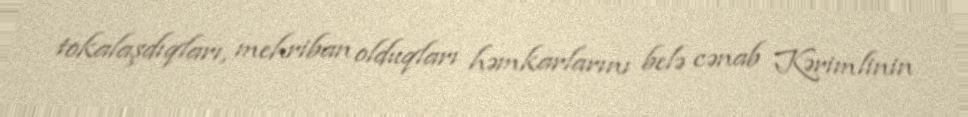
tokalaşdıqları, mehriban olduqları həmkarlarını belə cənab Kərimlinin